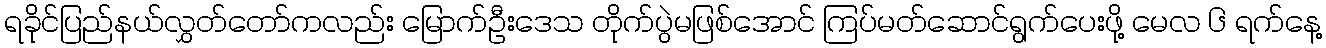
ရခိုင်ပြည်နယ်လွှတ်တော်ကလည်း မြောက်ဦးဒေသ တိုက်ပွဲမဖြစ်အောင် ကြပ်မတ်ဆောင်ရွက်ပေးဖို့ မေလ ၆ ရက်နေ့